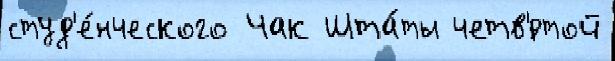
студ'е́нческого Чак Шта́ты четв'́ртой